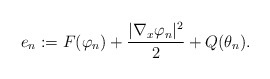
\begin{align*} e_n := F(\varphi_n) + \frac{|\nabla_x \varphi_n|^2}{2} + Q(\theta_n). \end{align*}